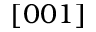
[ 0 0 1 ]